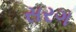
સરગ